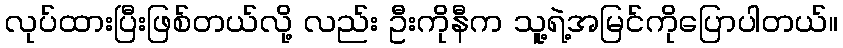
လုပ်ထားပြီးဖြစ်တယ်လို့ လည်း ဦးကိုနီက သူ့ရဲ့အမြင်ကိုပြောပါတယ်။